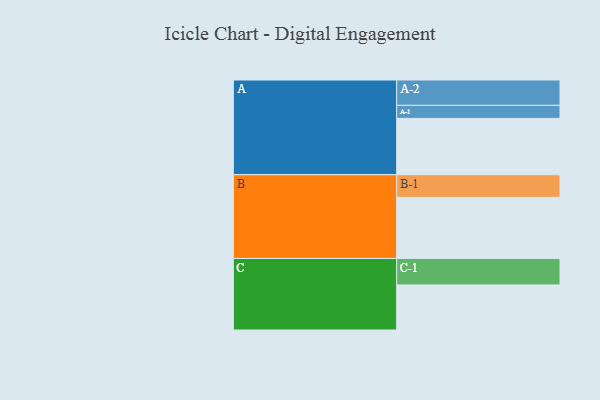
{"axis": {"x": "Segment", "y": "Value"}, "legend": ["", "A", "B", "C"], "data": [{"x": "A", "y": 535, "type": ""}, {"x": "B", "y": 581, "type": ""}, {"x": "C", "y": 428, "type": ""}, {"x": "A-1", "y": 124, "type": "A"}, {"x": "A-2", "y": 241, "type": "A"}, {"x": "B-1", "y": 215, "type": "B"}, {"x": "C-1", "y": 252, "type": "C"}]}